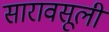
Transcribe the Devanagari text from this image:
सारावसूली